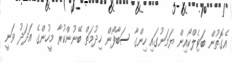
އެގޮތުން ބަޓެލްކޯއިން ޔަމަނުގައި ހިންގާ ސަބާފޯން ޚިދުމަތް ބޭނުންކުރާ މީހުންގެ އަދަދު ވަނީ